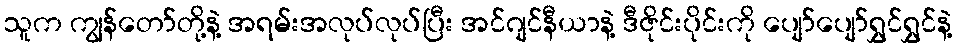
သူက ကျွန်တော်တို့နဲ့ အရမ်းအလုပ်လုပ်ပြီး အင်ဂျင်နီယာနဲ့ ဒီဇိုင်းပိုင်းကို ပျော်ပျော်ရွှင်ရွှင်နဲ့